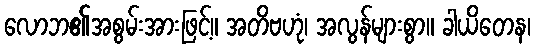
လောဘ၏အစွမ်းအားဖြင့်။ အတိဗဟုံ၊ အလွန်များစွာ။ ခါယိတေန၊